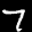
Label: 7